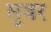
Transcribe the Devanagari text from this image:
सुबर